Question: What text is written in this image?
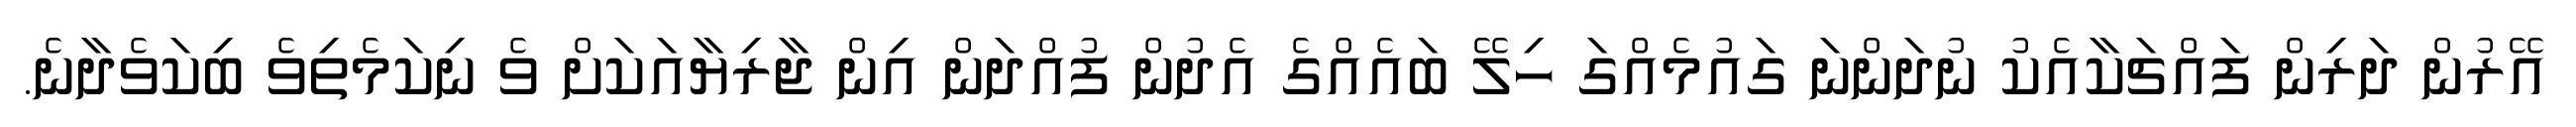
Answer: އޭރުން ދަރިން ފައްޗަކާއެކު ނުދަންނަ ގައުމެއްގަ ހިލޭ ބައެއްގެ އެދުން ފުއްދަން އިން ޖާރިޔާއަކަށް ވެ ނިކަމެތިވެ ބިކަވެދާނެ.